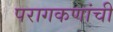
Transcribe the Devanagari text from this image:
परागकणांची